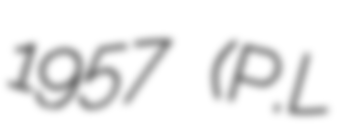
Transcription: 1957 (P.L